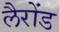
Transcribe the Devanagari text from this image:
लैरोंड